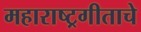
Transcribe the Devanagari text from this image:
महाराष्ट्रगीताचे